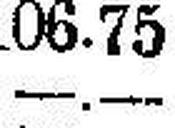
—.—